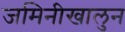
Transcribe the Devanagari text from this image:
जमिनीखालुन